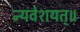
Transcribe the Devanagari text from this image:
न्यवेशयत्॥